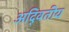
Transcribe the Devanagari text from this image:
अदि्वतीय